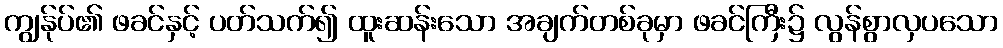
ကျွန်ုပ်၏ ဖခင်နှင့် ပတ်သက်၍ ထူးဆန်းသော အချက်တစ်ခုမှာ ဖခင်ကြီး၌ လွန်စွာလှပသော